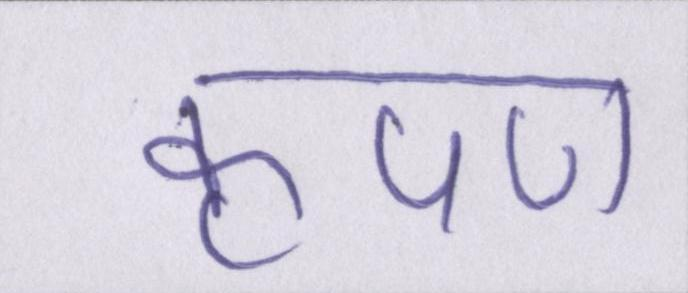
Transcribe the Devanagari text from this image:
कृपण